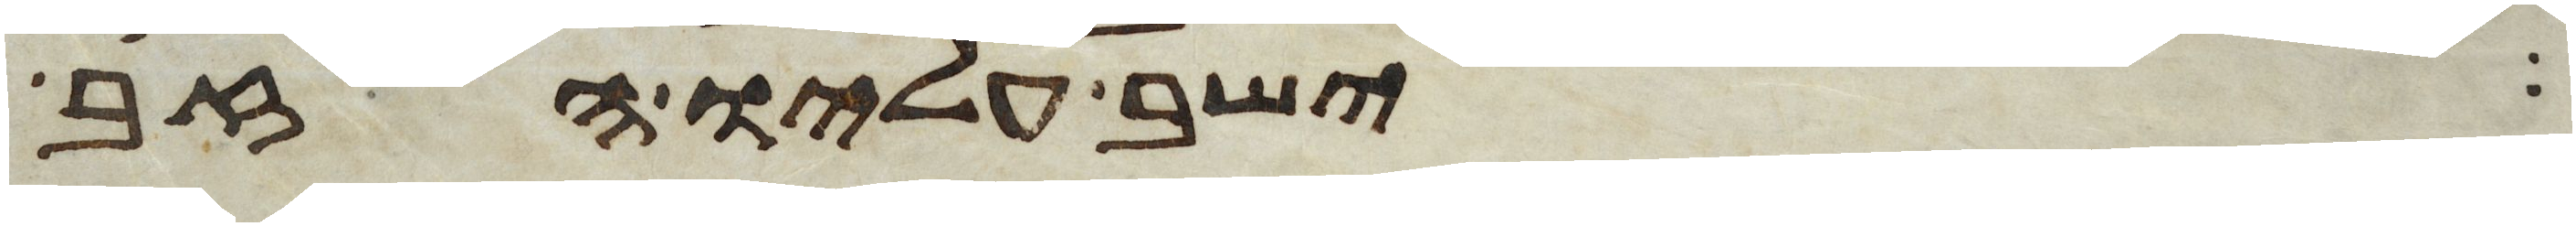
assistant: ישב עליו הזב